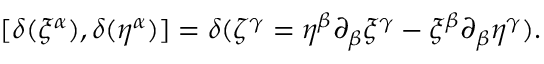
[ \delta ( \xi ^ { \alpha } ) , \delta ( \eta ^ { \alpha } ) ] = \delta ( \zeta ^ { \gamma } = \eta ^ { \beta } \partial _ { \beta } \xi ^ { \gamma } - \xi ^ { \beta } \partial _ { \beta } \eta ^ { \gamma } ) .